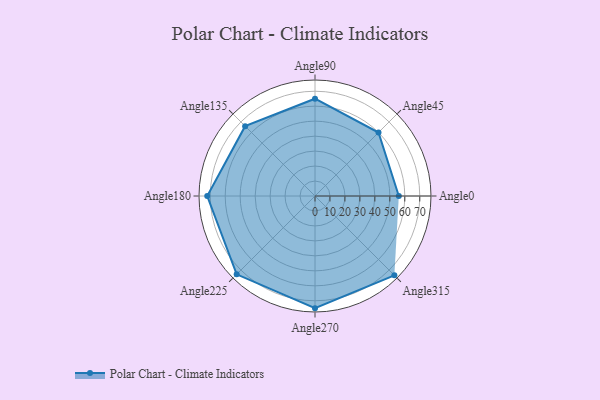
{"axis": {"x": "Angle", "y": "Radius"}, "legend": [""], "data": [{"x": "Angle0", "y": 56.0, "type": ""}, {"x": "Angle45", "y": 60.0, "type": ""}, {"x": "Angle90", "y": 65.0, "type": ""}, {"x": "Angle135", "y": 66.0, "type": ""}, {"x": "Angle180", "y": 72.0, "type": ""}, {"x": "Angle225", "y": 74.0, "type": ""}, {"x": "Angle270", "y": 75.0, "type": ""}, {"x": "Angle315", "y": 75.0, "type": ""}]}